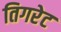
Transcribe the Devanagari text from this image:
तिगरेट